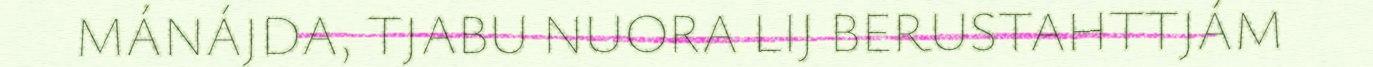
MÁNÁJDA, TJABU NUORA LIJ BERUSTAHTTJÁM